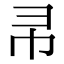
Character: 𭘒